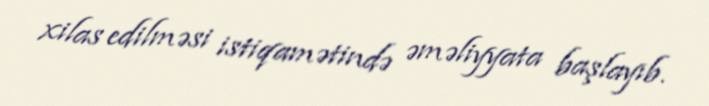
xilas edilməsi istiqamətində əməliyyata başlayıb.